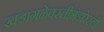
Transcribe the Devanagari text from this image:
खंडागळेवस्तीभंडारेस्ती